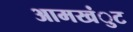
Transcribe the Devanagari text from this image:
आमखंुट